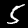
Label: 5